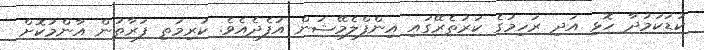
ކުޑަކަމުދާ ހޮޅި އަދި ރަހިމުގެ ކަރުތެރޭގައި އިންފްލެމޭޝަން އުފެދެއެވެ. ކުރިމަތި ފަރާތުން އާންމުކޮށް